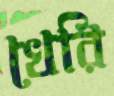
খেরি